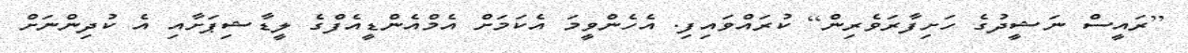
[ރައީސް ނަޝީދުގެ ހަށިފާރަވެރިން] ކުރައްވައިފި. އެހެންވީމަ އެކަމަށް އެމްއެންޑީއެފްގެ ލީޑާޝިޕަށާއި އެ ކުދިންނަށް